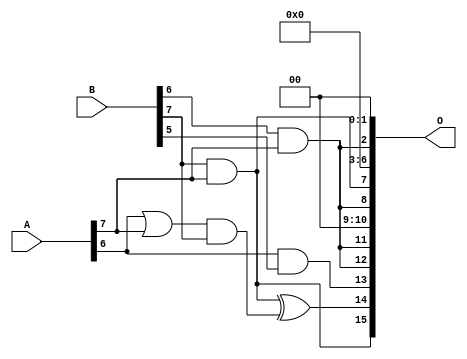
/***
* This code is a part of EvoApproxLib library (ehw.fit.vutbr.cz/approxlib) distributed under The MIT License.
* When used, please cite the following article(s): V. Mrazek, R. Hrbacek, Z. Vasicek and L. Sekanina, "EvoApprox8b: Library of approximate adders and multipliers for circuit design and benchmarking of approximation methods". Design, Automation & Test in Europe Conference & Exhibition (DATE), 2017, Lausanne, 2017, pp. 258-261. doi: 10.23919/DATE.2017.7926993 
* This file contains a circuit from a sub-set of pareto optimal circuits with respect to the pwr and wce parameters
***/
// MAE% = 8.01 %
// MAE = 5249 
// WCE% = 27.24 %
// WCE = 17853 
// WCRE% = 300.00 %
// EP% = 99.22 %
// MRE% = 59.69 %
// MSE = 42811.074e3 
// PDK45_PWR = 0.0017 mW
// PDK45_AREA = 13.1 um2
// PDK45_DELAY = 0.10 ns

module mul8u_17MN (
    A,
    B,
    O
);

input [7:0] A;
input [7:0] B;
output [15:0] O;

wire sig_71,sig_79,sig_293,sig_338,sig_340,sig_345;

assign sig_71 = B[6] & A[7];
assign sig_79 = B[7] & A[7];
assign sig_293 = A[6] | A[7];
assign sig_338 = sig_293 & B[7];
assign sig_340 = A[6] & B[5];
assign sig_345 = sig_79 ^ sig_338;

assign O[15] = sig_79;
assign O[14] = sig_345;
assign O[13] = sig_340;
assign O[12] = sig_71;
assign O[11] = sig_71;
assign O[10] = 1'b0;
assign O[9] = 1'b0;
assign O[8] = sig_71;
assign O[7] = sig_79;
assign O[6] = 1'b0;
assign O[5] = 1'b0;
assign O[4] = 1'b0;
assign O[3] = 1'b0;
assign O[2] = sig_71;
assign O[1] = 1'b0;
assign O[0] = 1'b0;

endmodule